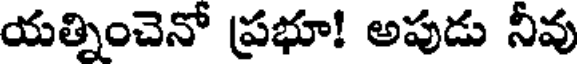
యత్నించెనో ప్రభూ! అపుడు నీవు